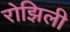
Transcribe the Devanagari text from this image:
रोझिली